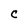
Character: C